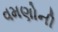
વમણોની